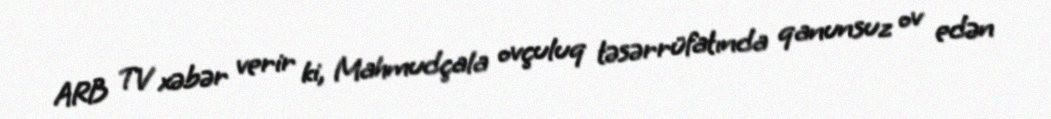
ARB TV xəbər verir ki, Mahmudçala ovçuluq təsərrüfatında qanunsuz ov edən